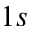
1 s